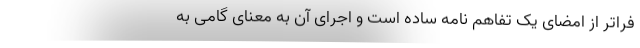
فراتر از امضای یک تفاهم نامه ساده است و اجرای آن به معنای گامی به